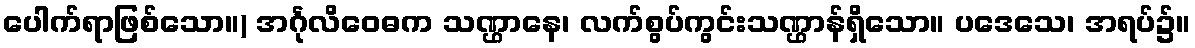
ပေါက်ရာဖြစ်သော။) အင်္ဂုလိဝေဓက သဏ္ဌာနေ၊ လက်စွပ်ကွင်းသဏ္ဌာန်ရှိသော။ ပဒေသေ၊ အရပ်၌။